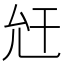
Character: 𢆋